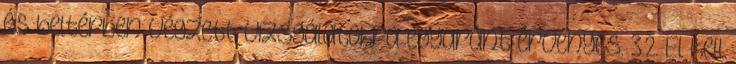
és beltérben végzett vizsgálatokra egyaránt érvényes. 3.2. El kell